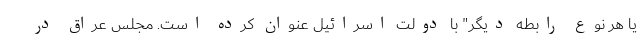
یا هر نوع رابطه دیگر" با دولت اسرائیل عنوان کرده است. مجلس عراق در